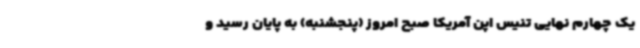
یک چهارم نهایی تنیس اپن آمریکا صبح امروز (پنجشنبه) به پایان رسید و